Indian journal of veterinary science and animal husbandry - Volume 3,
Year: 1933
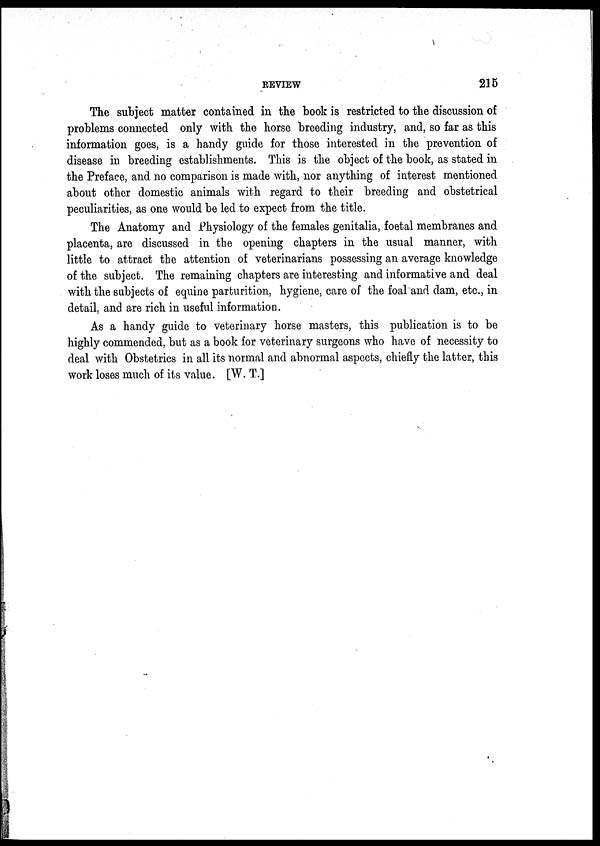
REVIEW
215
The subject matter contained in the book is restricted to the discussion of
problems connected only with the horse breeding industry, and, so far as this
information goes, is a handy guide for those interested in the prevention of
disease in breeding establishments. This is the object of the book, as stated in
the Preface, and no comparison is made with, nor anything of interest mentioned
about other domestic animals with regard to their breeding and obstetrical
peculiarities, as one would be led to expect from the title.
The Anatomy and Physiology of the females genitalia, foetal membranes and
placenta, are discussed in the opening chapters in the usual manner, with
little to attract the attention of veterinarians possessing an average knowledge
of the subject. The remaining chapters are interesting and informative and deal
with the subjects of equine parturition, hygiene, care of the foal and dam, etc., in
detail, and are rich in useful information.
As a handy guide to veterinary horse masters, this publication is to be
highly commended, but as a book for veterinary surgeons who have of necessity to
deal with Obstetrics in all its normal and abnormal aspects, chiefly the latter, this
work loses much of its value. [W. T.]